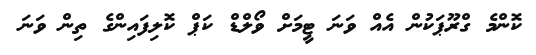
ކޮންމެ ގްރޫޕަކުން އެއް ވަނަ ޓީމަށް ވޯލްޑް ކަޕް ކޮލިފައިންގެ ތިން ވަނަ